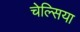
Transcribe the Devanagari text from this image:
चेल्‍िसया